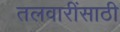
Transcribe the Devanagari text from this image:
तलवारींसाठी